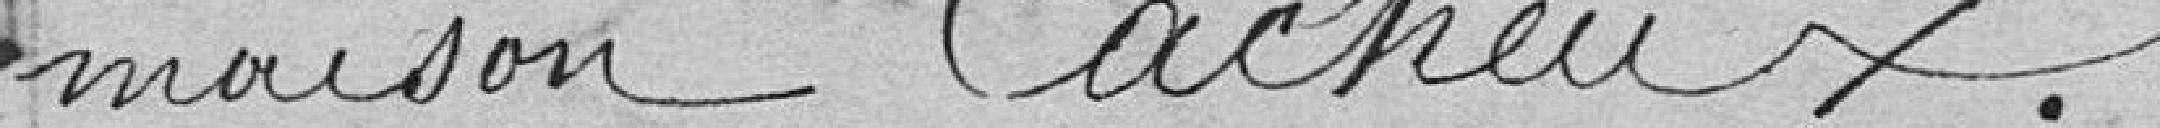
maison Cacheux.